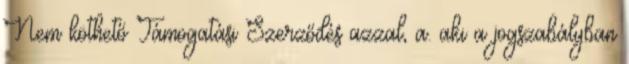
Nem köthető Támogatási Szerződés azzal, a. aki a jogszabályban